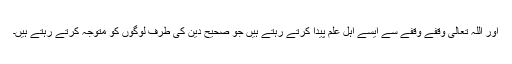
اور اللہ تعالیٰ وقفے وقفے سے ایسے اہل علم پیدا کرتے رہتے ہیں جو صحیح دین کی طرف لوگوں کو متوجہ کرتے رہتے ہیں۔